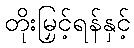
တိုးမြှင့်ရန်နှင့်